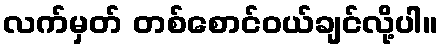
လက်မှတ် တစ်စောင်ဝယ်ချင်လို့ပါ။